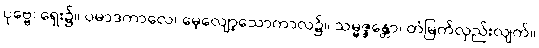
ပုဗ္ဗေ၊ ရှေး၌။ ပမာဒကာလေ၊ မေ့လျော့သောကာလ၌။ သမ္မဇ္ဇန္တော၊ တံမြက်လှည်းလျက်။